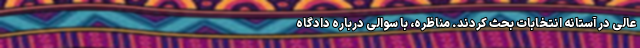
عالی در آستانه انتخابات بحث کردند. مناظره، با سوالی درباره دادگاه